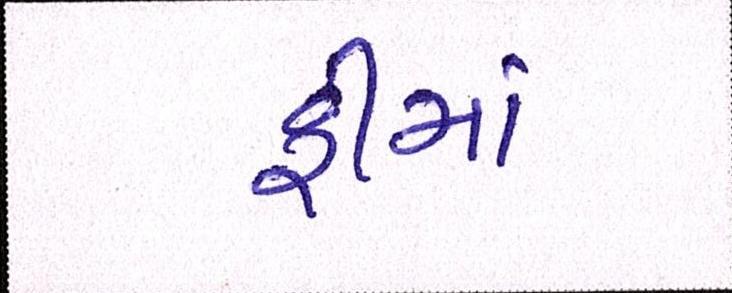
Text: ફીમાં